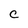
Character: C